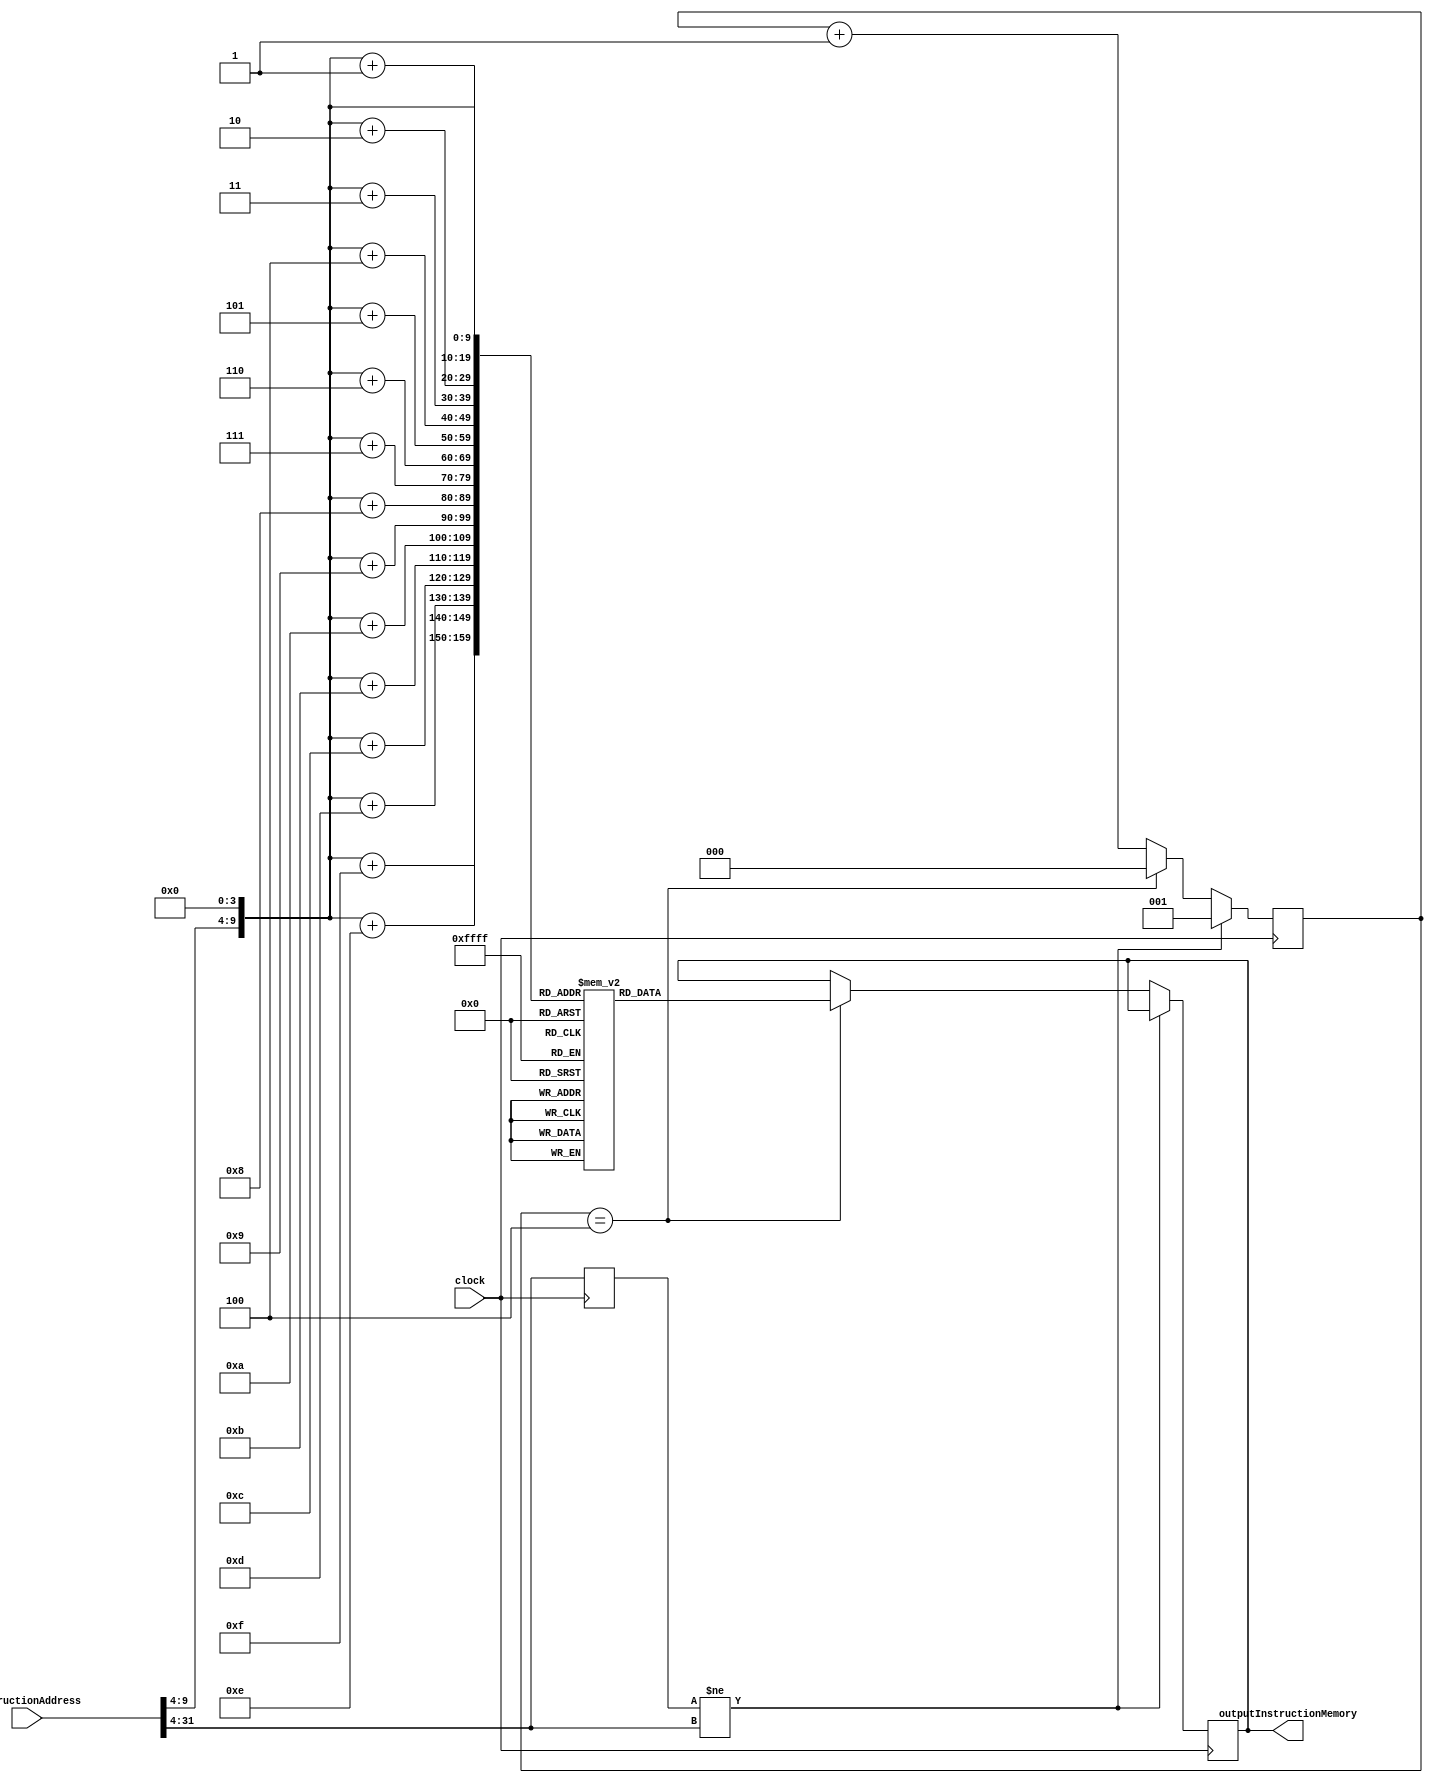
`timescale 1ns / 1ps

module InstructionMemory(instructionAddress, clock, outputInstructionMemory);
	
	input [31:0] instructionAddress;
	input clock;
	
	output reg [127:0]outputInstructionMemory;
	
	reg [7:0]memory[1023:0];
	reg [2:0] counter = 0;
	reg [31:0] index;
	reg [27:0] addressValue;
	
	integer i;
	
	initial begin	
		counter = 0;
		for (i = 0; i < 1024; i = i + 1)
			begin
				memory[i] = i;
			end
	end
	
	
	initial begin
		outputInstructionMemory = 128'b0;
	end
	
	 always @(posedge clock) 
		 begin
		 
			if(addressValue != instructionAddress[31:4]) 
				begin
					
					addressValue = instructionAddress[31:4];
					counter = 1;
				end
				
			else if(counter == 4)
				begin
					index = {instructionAddress[31:4] , {4'b00}};
					
					outputInstructionMemory = {
					memory[index+15],
					memory[index+14],
					memory[index+13],
					memory[index+12],
					memory[index+11],
					memory[index+10],
					memory[index+9],
					memory[index+8],
					memory[index+7],
					memory[index+6],
					memory[index+5],
					memory[index+4],
					memory[index+3],
					memory[index+2],
					memory[index+1],
					memory[index]
					} ;
					counter = 0;
				end
					
			else
				begin	
					counter = counter + 1;
				end
				
				addressValue = instructionAddress[31:4];
				
		 end

endmodule